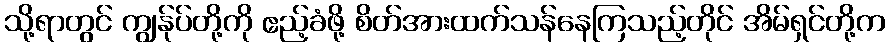
သို့ရာတွင် ကျွန်ုပ်တို့ကို ဧည့်ခံဖို့ စိတ်အားထက်သန်နေကြသည့်တိုင် အိမ်ရှင်တို့က